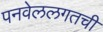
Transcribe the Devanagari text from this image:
पनवेललगतची